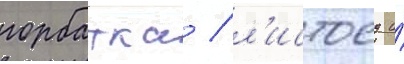
горбатка / л'истоед и́